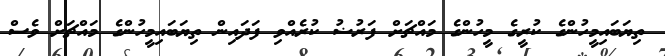
ތިޔަބައިމީހުންގެ ކުރީގެ މީހުންގެ މައްޗަށް ފަރުޟު ކުރެއްވި ފަދައިން ތިޔަބައިމީހުންގެ މައްޗަށް ވެސް